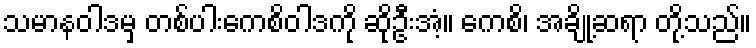
သမာနဝါဒမှ တစ်ပါးကေစိဝါဒကို ဆိုဦးအံ့။ ကေစိ၊ အချို့ဆရာ တို့သည်။